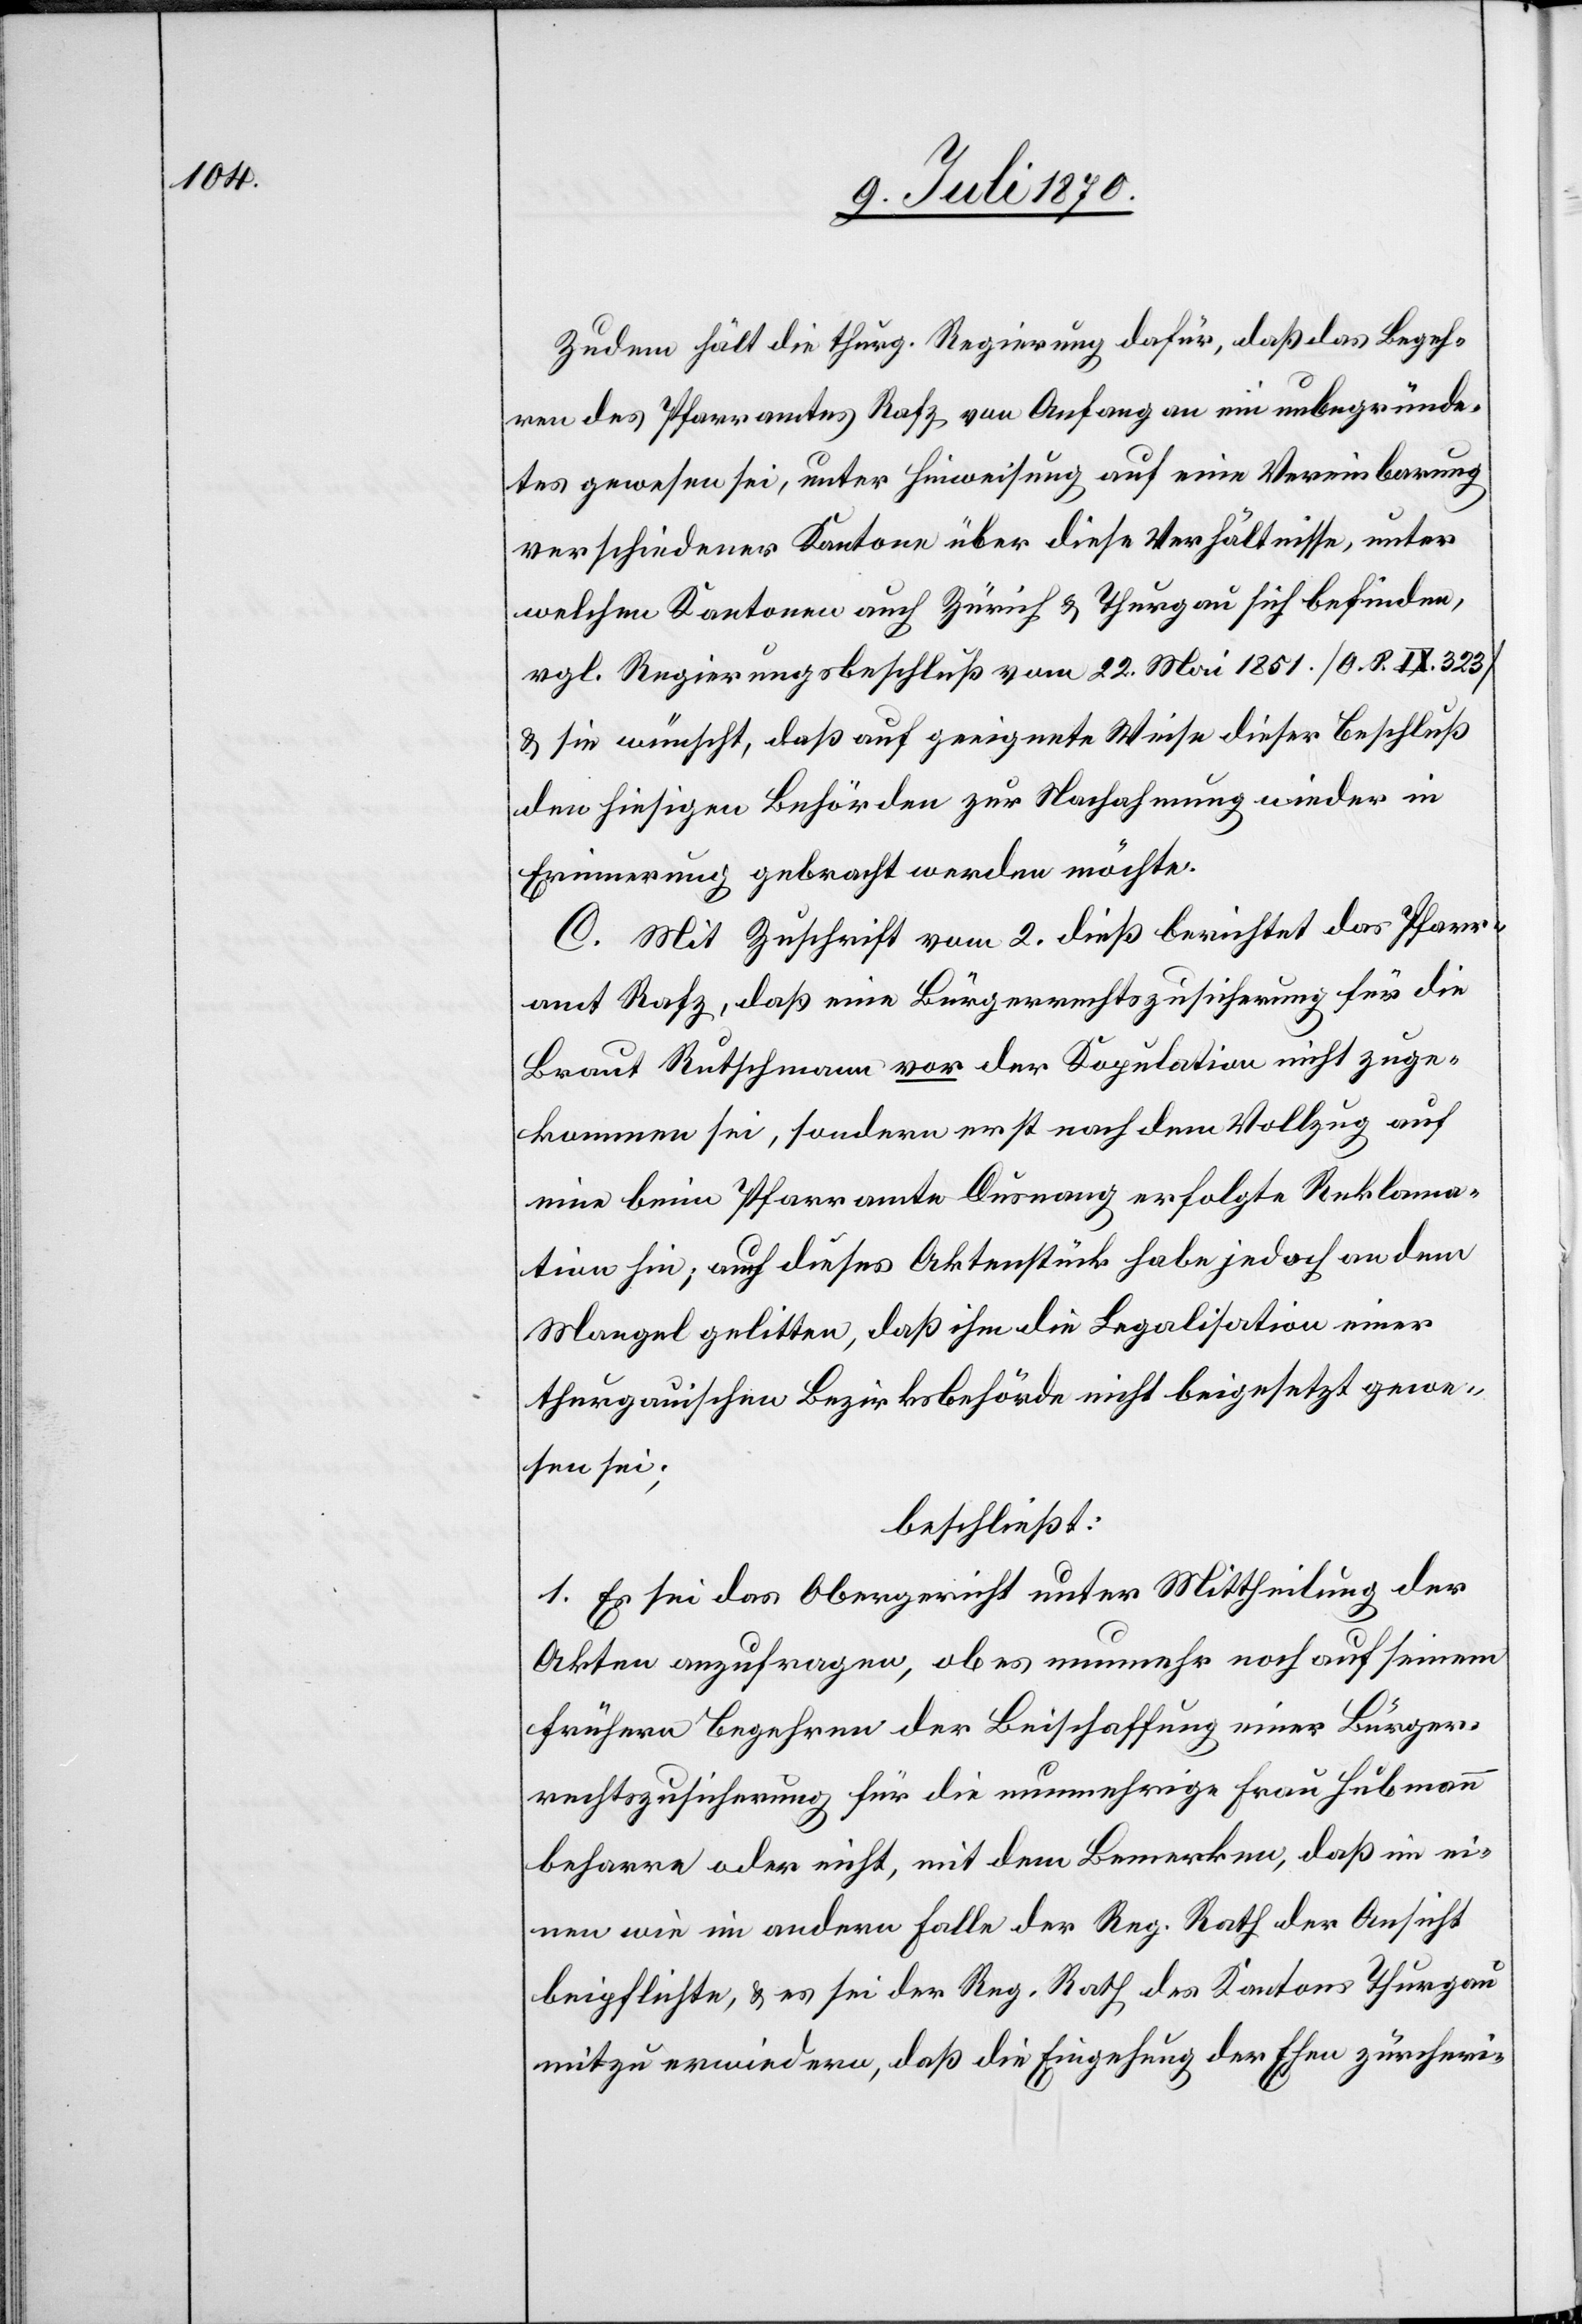
Zudem hält die thurg. Regierung dafür, daß das Begeh¬
ren des Pfarramtes Rafz von Anfang an ein unbegründe¬
tes gewesen sei, unter Hinweisung auf eine Vereinbarung
verschiedener Kantone über diese Verhältnisse, unter
welchen Kantonen auch Zürich & Thurgau sich befinden,
vrgl. Regierungsbeschluß vom 22. Mai 1851 [O. S. IX. 323]
& sie wünscht, daß auf geeignete Weise dieser Beschluß
den hiesigen Behörden zur Nachahmung wieder in
Erinnerung gebracht werden möchte.
C. Mit Zuschrift vom 2. dieß berichtet das Pfarr¬
amt Rafz, daß eine Bürgerrechtszusicherung für die
Braut Rutschmann vor der Kopulation nicht zuge¬
kommen sei, sondern erst nach dem Vollzug auf
eine beim Pfarramte Dusnang erfolgte Reklama¬
tion hin; auch dieses Aktenstück habe jedoch an dem
Mangel gelitten, daß ihm die Legalisation einer
thurgauischen Bezirksbehörde nicht beigesetzt gewe¬
sen sei;
beschließt
1. Es sei das Obergericht unter Mittheilung der
Akten anzufragen, ob es nunmehr noch auf seinem
frühern Begehren der Beischaffung einer Bürger¬
rechtszusicherung für die nunmehrige Frau Hubmann
beharre oder nicht, mit dem Bemerken, daß im ei¬
nen wie im andern Falle der Reg. Rath der Ansicht
beipflichte, & es sei der Reg. Rath des Kantons Thurgau
mitzuerwiedern [sic!], daß die Eingehung der Ehen zürcheri-